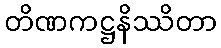
တိဏကဋ္ဌနိဿိတာ